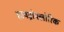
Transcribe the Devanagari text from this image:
हायड्रोफ्लोरिक